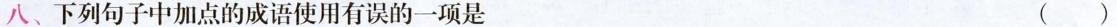
八、下列句子中加点的成语使用有误的一项是 ()